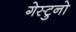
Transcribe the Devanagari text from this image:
गेस्टुनो